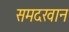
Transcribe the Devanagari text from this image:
समदखान